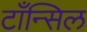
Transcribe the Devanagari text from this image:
टाँन्सिल